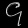
Digit: ၄